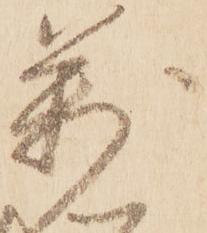
萬